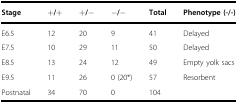
<table><thead><tr><td><b>Stage</b></td><td><b>+/+</b></td><td><b>+/−</b></td><td><b>−/−</b></td><td><b>Total</b></td><td><b>Phenotype (-/-)</b></td></tr></thead><tbody><tr><td>E6.5</td><td>12</td><td>20</td><td>9</td><td>41</td><td>Delayed</td></tr><tr><td>E7.5</td><td>10</td><td>29</td><td>11</td><td>50</td><td>Delayed</td></tr><tr><td>E8.5</td><td>13</td><td>24</td><td>12</td><td>49</td><td>Empty yolk sacs</td></tr><tr><td>E9.5</td><td>11</td><td>26</td><td>0 (20*)</td><td>57</td><td>Resorbent</td></tr><tr><td>Postnatal</td><td>34</td><td>70</td><td>0</td><td>104</td><td></td></tr></tbody></table>